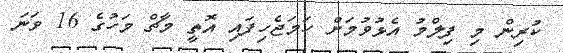
ކުރިން މި ފިލްމު އެޅުވުމަށް ހަމަޖެހިފައި އޮތީ މާޗް މަހުގެ 16 ވަނަ